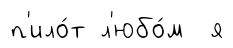
п'ило́т л'юбо́м я